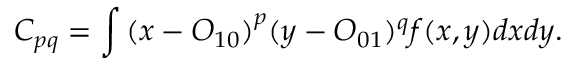
{ C _ { p q } } = \int { { { ( x - { O _ { 1 0 } } ) } ^ { p } } } { ( y - { O _ { 0 1 } } ) ^ { q } } f ( x , y ) d x d y .